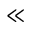
\ll